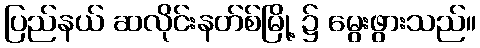
ပြည်နယ် ဆလိုင်းနတ်စ်မြို့ ၌ မွေးဖွားသည်။